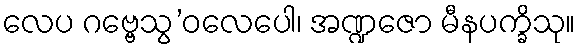
လေပ ဂဗ္ဗေသွ’ဝလေပေါ၊ အဏ္ဍဇော မီနပက္ခိသု။